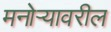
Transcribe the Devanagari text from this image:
मनोऱ्यावरील